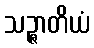
သဉ္ဇာတိယံ